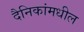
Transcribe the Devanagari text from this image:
दैनिकांमधील